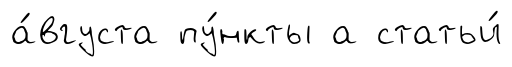
а́вгуста пу́нкты а статьи́